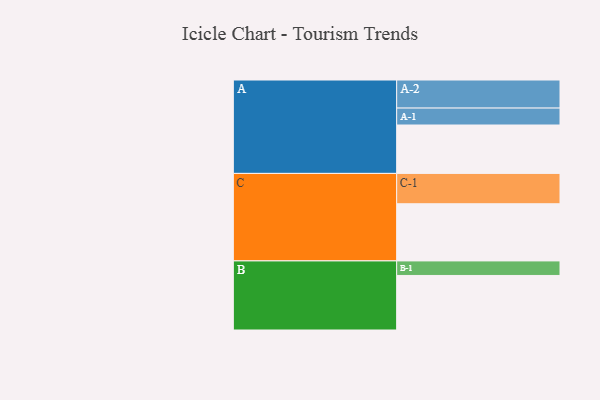
{"axis": {"x": "Segment", "y": "Value"}, "legend": ["", "A", "B", "C"], "data": [{"x": "A", "y": 426, "type": ""}, {"x": "B", "y": 480, "type": ""}, {"x": "C", "y": 503, "type": ""}, {"x": "A-1", "y": 149, "type": "A"}, {"x": "A-2", "y": 247, "type": "A"}, {"x": "B-1", "y": 128, "type": "B"}, {"x": "C-1", "y": 267, "type": "C"}]}